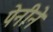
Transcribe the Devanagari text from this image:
पेनीने